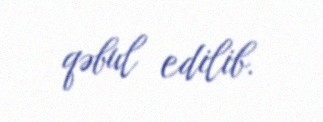
qəbul edilib.